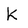
Character: K